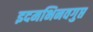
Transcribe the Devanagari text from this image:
इदमभिनवगुप्त